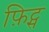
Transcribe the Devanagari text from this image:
फ़िट्स